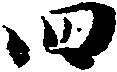
四